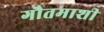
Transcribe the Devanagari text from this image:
गौतमाशी